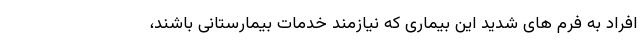
افراد به فرم های شدید این بیماری که نیازمند خدمات بیمارستانی باشند،